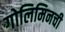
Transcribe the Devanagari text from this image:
गोलिमिनची